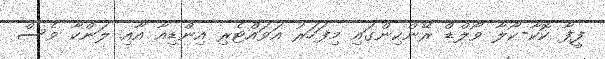
ފީފާ ކޮކާ-ކޯލާ ވޯލްޑް ރޭންކިންގައި މިފަހަރު އަވައްޓެރި އިންޑިއާ އާއި ލަންކާ ވެސް